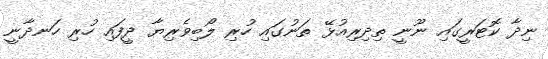
ނިދާ ކޮޓަރީގައި ނޫނީ ތިދިރިއުޅޭ ތަނުގައި ހުރި ލޯބިވެރިޔާ ދީފައި ހުރި ހަނދާނީ